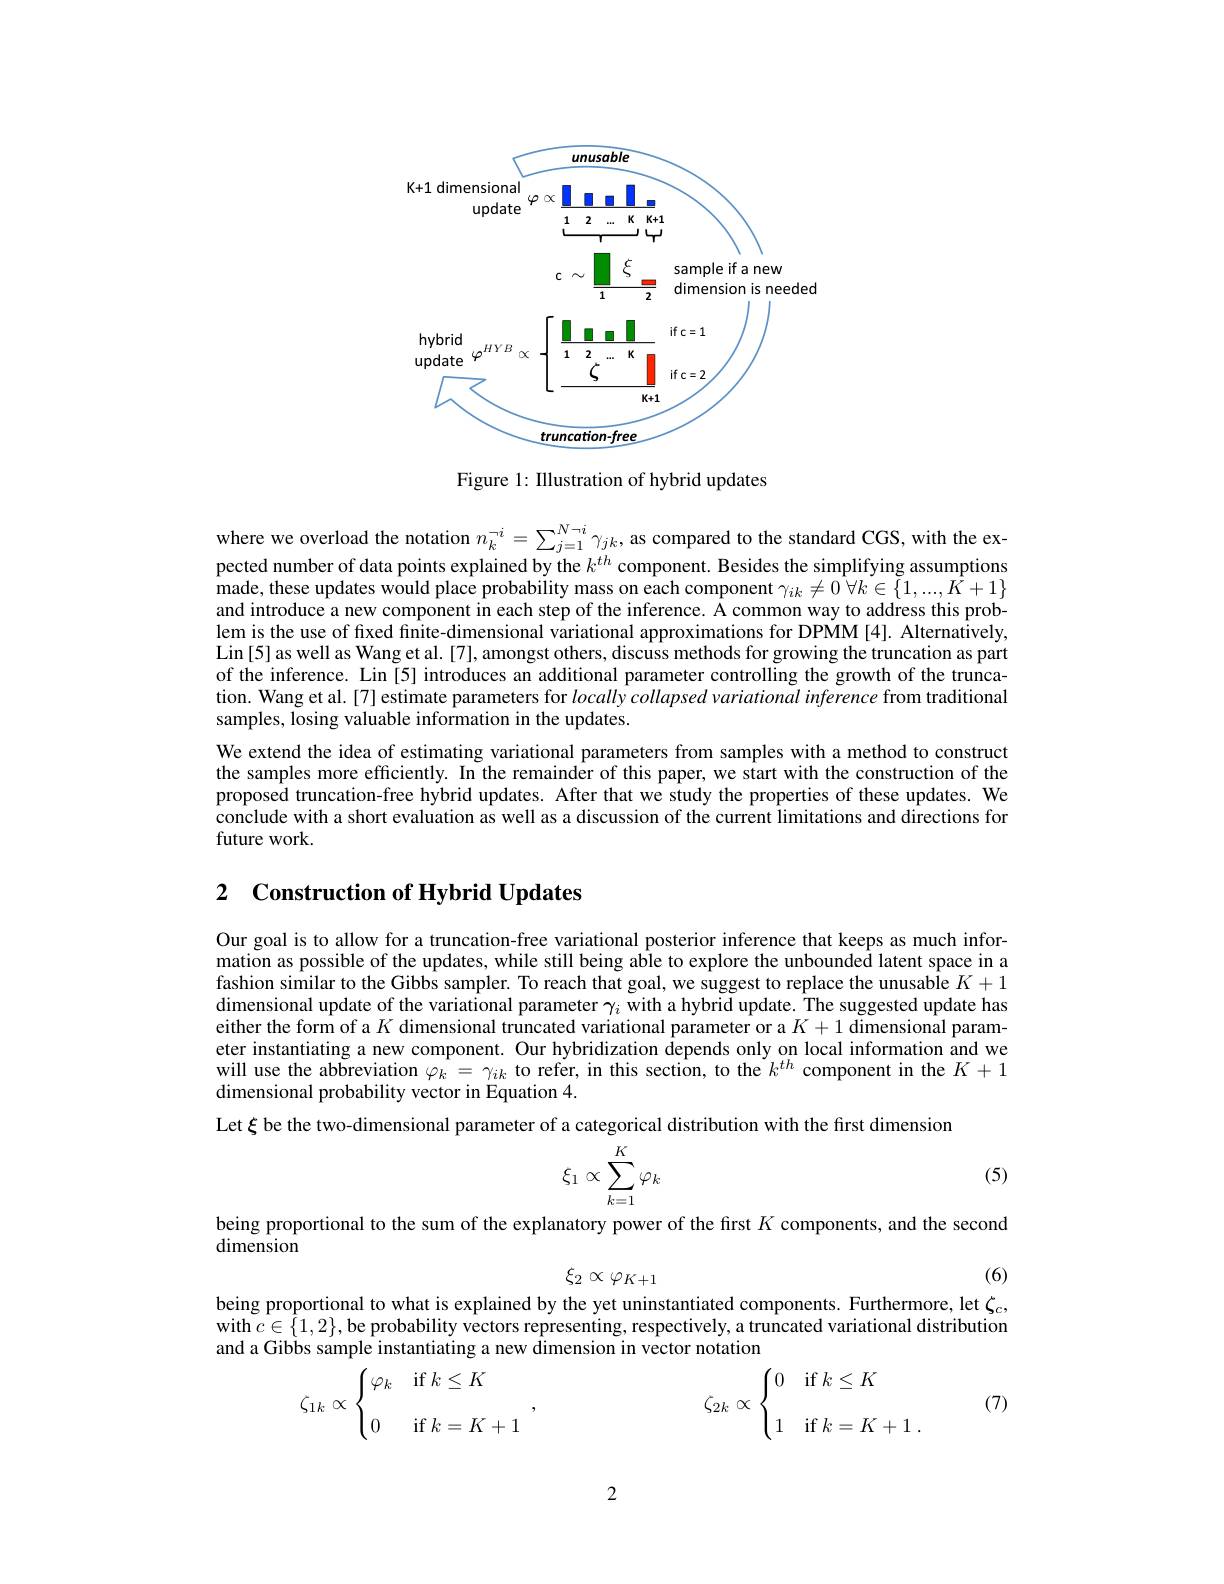
<FigureHere>

Figure 1: Illustration of hybrid updates

where we overload the notation $n_k^{-i}=\sum_{j=1}^{N-i}\gamma_{jk}$, as compared to the standard CGS, with the expected number of data points explained by the $k^{th}$ component. Besides the simplifying assumptions $\hat{\text{made, these updates would place probability mass on each component }\gamma_{ik}\neq0\:\forall k\in\{1,...,\hat{K}+1\}}$ and introduce a new component in each step of the inference. A common way to address this problem is the use of fixed finite-dimensional variational approximations for DPMM [4]. Alternatively, Lin[5] as well as Wang et al. [7], amongst others, discuss methods for growing the truncation as part of the inference. Lin [5] introduces an additional parameter controlling the growth of the truncation. Wang et al.[7] estimate parameters for locallycollapsed variational inference from traditional samples, losing valuable information in the updates.
We extend the idea of estimating variational parameters from samples with a method to construct the samples more efficiently. In the remainder of this paper, we start with the construction of the proposed truncation-free hybrid updates. After that we study the properties of these updates. We conclude with a short evaluation as well as a discussion of the current limitations and directions for future work.

### 2 $\textbf{Construction of Hvbrid Updates}$

Our goal is to allow for a truncation-free variational posterior inference that keeps as much information as possible of the updates, while still being able to explore the unbounded latent space in a fashion similar to the Gibbs sampler. To reach that goal, we suggest to replace the unusable $K+1$ dimensional update of the variational parameter $\gamma_i$ with a hybrid update. The suggested update has either the form of a $K$ dimensional truncated variational parameter or a $K+1$ dimensional parameter instantiating a new component. Our hybridization depends only on local information and we will use the abbreviation $\varphi _k= \gamma _{ik}$ to refer, in this section, to the $k^{th}$ component in the $K+1$ dimensional probability vector in Equation 4.
Let $\xi$ be the two-dimensional parameter of a categorical distribution with the first dimension
$$\xi_1\propto\sum_{k=1}^K\varphi_k$$
(5)

being proportional to the sum of the explanatory power of the first $K$ components, and the second

dimension

(6)
$$\xi_2\propto\varphi_{K+1}$$
being proportional to what is explained by the yet uninstantiated components. Furthermore, let $\zeta_c$,

with $c\in\{1,2\}$, be probability vectors representing, respectively, a truncated variational distribution
and a Gibbs sample instantiating a new dimension in vector notation
$$\zeta_{1k}\propto\begin{cases}\varphi_k&\text{if}\:k\le K\\[2ex]0&\text{if}\:k=K+1\end{cases},\quad\zeta_{2k}\propto\begin{cases}0&\text{if}\:k\le K\\[2ex]1&\text{if}\:k=K+1\:.\end{cases}$$
(7)

2